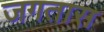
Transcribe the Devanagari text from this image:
जगतास